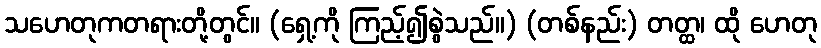
သဟေတုကတရားတို့တွင်။ (ရှေ့ကို ကြည့်၍စွဲသည်။) (တစ်နည်း) တတ္ထ၊ ထို ဟေတု